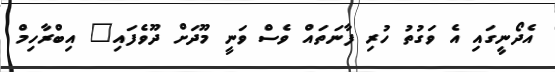
އެދޯނީގައި އެ ވަގުތު ހުރި ފާނަތައް ވެސް ވަނީ މޫދަށް ދޫވެފައި" އިބްރާހިމް